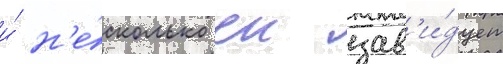
и́ н'е́сколько еи зав'и́дует